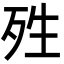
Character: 殅